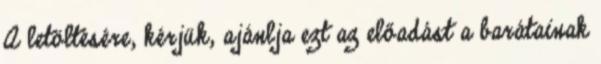
A letöltésére, kérjük, ajánlja ezt az előadást a barátainak